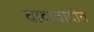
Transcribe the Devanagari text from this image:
वादावादीत